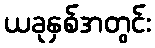
ယခုနှစ်အတွင်း